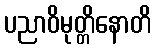
ပညာဝိမုတ္တိနောတိ